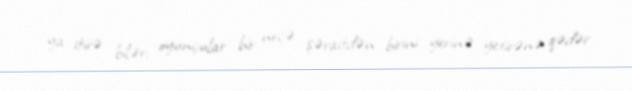
ya itirə bilər; oyunçular bir neçə şəraitdən birini yerinə yetirənə qədər